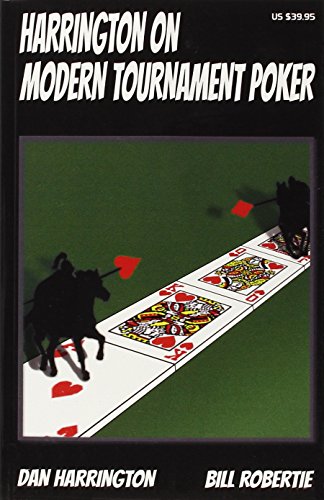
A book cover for Harrington on Modern Tournament Poker; Dan Harrington; Humor & Entertainment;